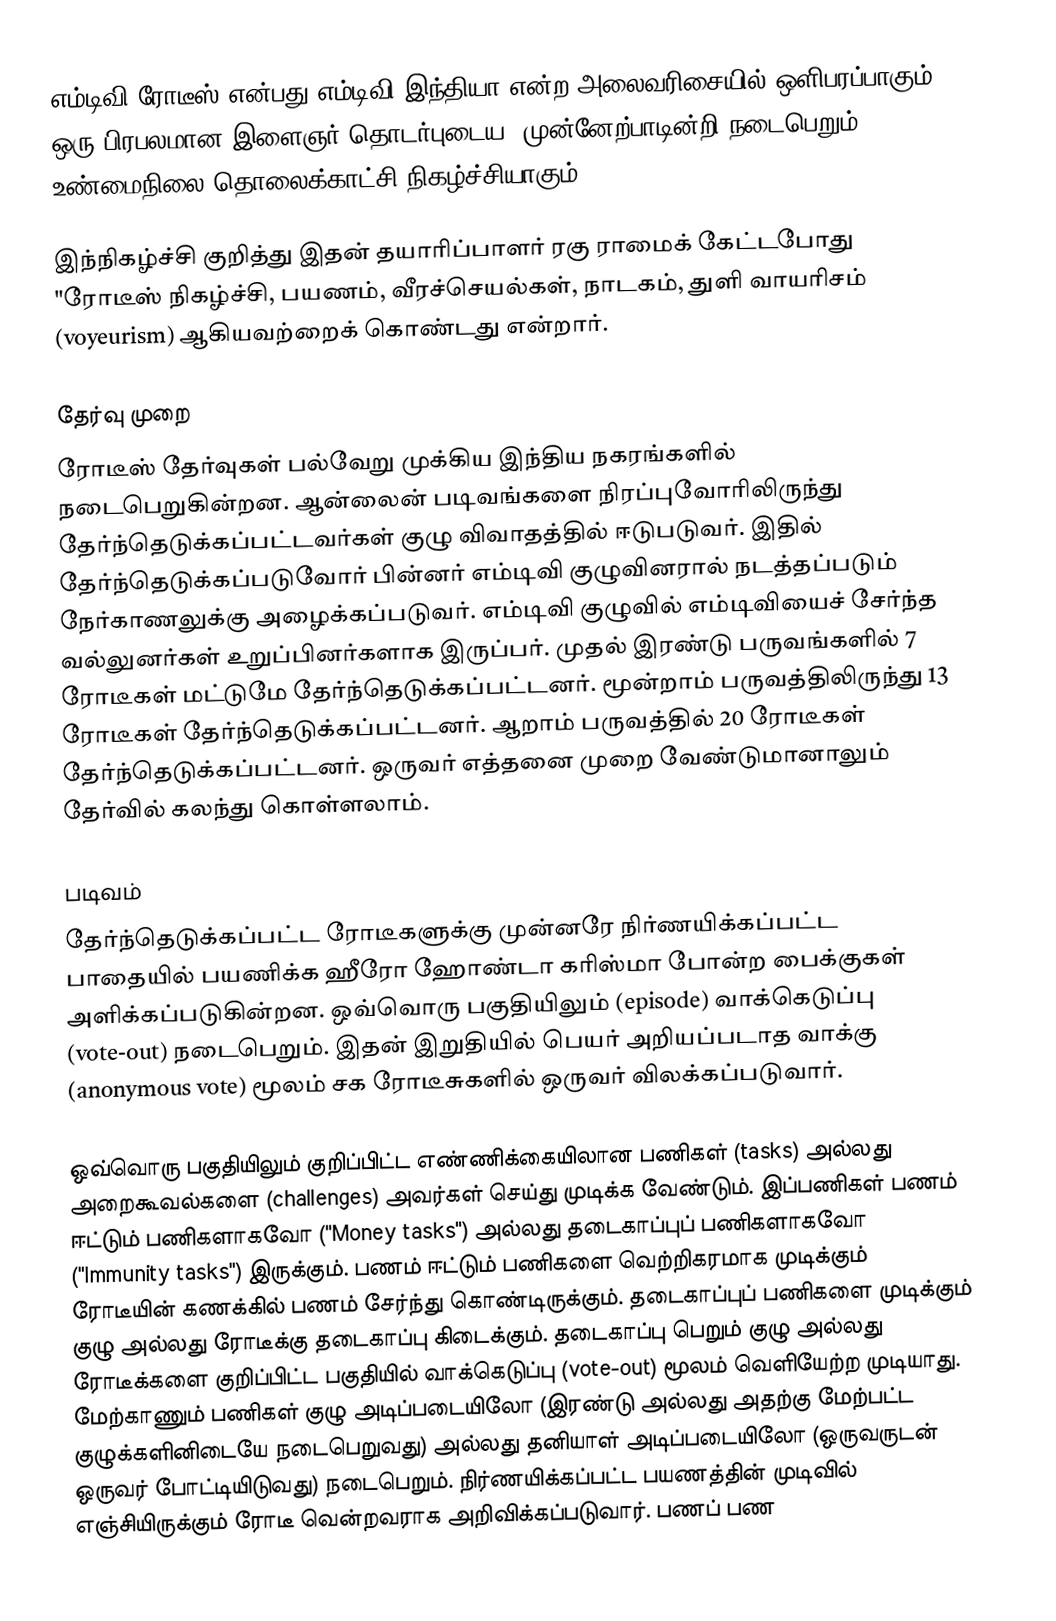
எம்டிவி ரோடீஸ்   என்பது எம்டிவி இந்தியா என்ற அலைவரிசையில் ஒளிபரப்பாகும் ஒரு பிரபலமான இளைஞர் தொடர்புடைய, முன்னேற்பாடின்றி நடைபெறும்  உண்மைநிலை தொலைக்காட்சி நிகழ்ச்சியாகும்.

இந்நிகழ்ச்சி குறித்து இதன் தயாரிப்பாளர் ரகு ராமைக் கேட்டபோது "ரோடீஸ் நிகழ்ச்சி, பயணம், வீரச்செயல்கள், நாடகம், துளி வாயரிசம் (voyeurism) ஆகியவற்றைக் கொண்டது என்றார்.

தேர்வு முறை
ரோடீஸ் தேர்வுகள் பல்வேறு முக்கிய இந்திய நகரங்களில் நடைபெறுகின்றன. ஆன்லைன் படிவங்களை நிரப்புவோரிலிருந்து தேர்ந்தெடுக்கப்பட்டவர்கள் குழு விவாதத்தில் ஈடுபடுவர். இதில் தேர்ந்தெடுக்கப்படுவோர் பின்னர் எம்டிவி குழுவினரால் நடத்தப்படும் நேர்காணலுக்கு அழைக்கப்படுவர். எம்டிவி குழுவில் எம்டிவியைச் சேர்ந்த வல்லுனர்கள் உறுப்பினர்களாக இருப்பர். முதல் இரண்டு பருவங்களில் 7 ரோடீகள் மட்டுமே தேர்ந்தெடுக்கப்பட்டனர். மூன்றாம் பருவத்திலிருந்து 13 ரோடீகள் தேர்ந்தெடுக்கப்பட்டனர். ஆறாம் பருவத்தில் 20 ரோடீகள் தேர்ந்தெடுக்கப்பட்டனர். ஒருவர் எத்தனை முறை வேண்டுமானாலும் தேர்வில் கலந்து கொள்ளலாம்.

படிவம்
தேர்ந்தெடுக்கப்பட்ட ரோடீகளுக்கு முன்னரே நிர்ணயிக்கப்பட்ட பாதையில் பயணிக்க ஹீரோ ஹோண்டா கரிஸ்மா போன்ற பைக்குகள் அளிக்கப்படுகின்றன. ஒவ்வொரு பகுதியிலும் (episode) வாக்கெடுப்பு (vote-out) நடைபெறும். இதன் இறுதியில் பெயர் அறியப்படாத வாக்கு (anonymous vote) மூலம் சக ரோடீசுகளில் ஒருவர் விலக்கப்படுவார்.

ஒவ்வொரு பகுதியிலும் குறிப்பிட்ட எண்ணிக்கையிலான பணிகள் (tasks) அல்லது அறைகூவல்களை (challenges) அவர்கள் செய்து முடிக்க வேண்டும். இப்பணிகள் பணம் ஈட்டும் பணிகளாகவோ ("Money tasks") அல்லது தடைகாப்புப் பணிகளாகவோ ("Immunity tasks") இருக்கும். பணம் ஈட்டும் பணிகளை வெற்றிகரமாக முடிக்கும் ரோடீயின் கணக்கில் பணம் சேர்ந்து கொண்டிருக்கும். தடைகாப்புப் பணிகளை முடிக்கும் குழு அல்லது ரோடீக்கு தடைகாப்பு கிடைக்கும். தடைகாப்பு பெறும் குழு அல்லது ரோடீக்களை குறிப்பிட்ட பகுதியில் வாக்கெடுப்பு (vote-out) மூலம் வெளியேற்ற முடியாது. மேற்காணும் பணிகள் குழு அடிப்படையிலோ (இரண்டு அல்லது அதற்கு மேற்பட்ட குழுக்களினிடையே நடைபெறுவது) அல்லது தனியாள் அடிப்படையிலோ (ஒருவருடன் ஒருவர் போட்டியிடுவது) நடைபெறும். நிர்ணயிக்கப்பட்ட பயணத்தின் முடிவில் எஞ்சியிருக்கும் ரோடீ வென்றவராக அறிவிக்கப்படுவார். பணப் பண